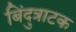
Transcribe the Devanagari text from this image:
बिंदुत्राटक